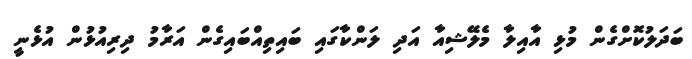
ބަދަލުކޮށްގެން މުޅި އާއިލާ މެލޭޝިއާ އަދި ލަންކާގައި ބައިތިއްބައިގެން އަރާމު ދިރިއުޅުން އުޅެނީ